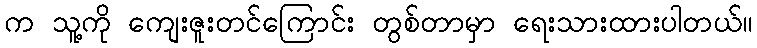
က သူ့ကို ကျေးဇူးတင်ကြောင်း တွစ်တာမှာ ရေးသားထားပါတယ်။